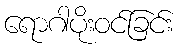
ရောဂါပိုးဝင်ခြင်း